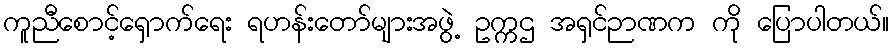
ကူညီစောင့်ရှောက်ရေး ရဟန်းတော်များအဖွဲ့ ဥက္ကဌ အရှင်ဉာဏက ကို ပြောပါတယ်။